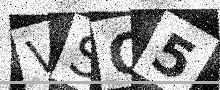
Text: VSQ5